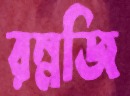
রম্নজি